Report of the Bombay Plague Committee
Disease focus: Plague
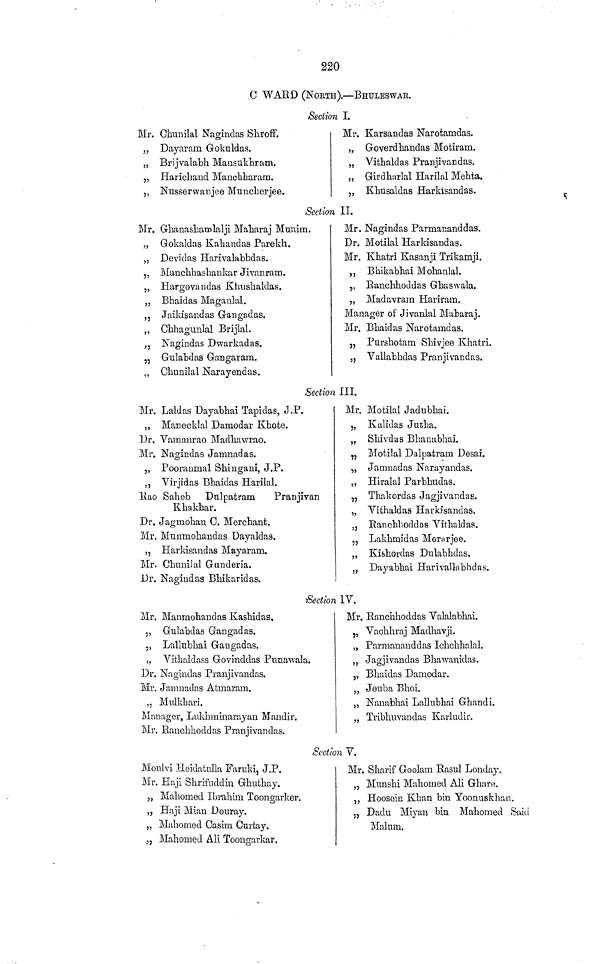
220
C WARD (NOETH). — BHULESWAR.
Section I.
Mr. Chnnilal Nagindas Shroff.
„ Dayaram Gokuldas.
„ Brijvalabh Mansnkhram.
„ Haricliaud Manchharam.
„ Nusserwanjee Muncherjee.
Mr. Karsandas Narotamdas.
„ Goverdhandas Motiram.
„ Vithaldas Pranjivaudas.
„ Girdharlal Harilal Mehta.
„ Khusaldas Harkisandas.
Section IT.
Mr. Ghanashainlalji Maharaj Munira.
„ Gokaldas Kahandas Parekh.
„ Devidas Harivalabhdas.
„ Manchhashankar Jivanram.
„ Hargovandas Khushaldas.
,, Bhaidas Magaulal.
,, Jaikisandas Gangadas.
„ Chhagunlal Brijlal.
,, Nagindas Dwarkadas.
„ Gulabdas Gangaram.
„ Cliunilal Narayendas.
Mr. Nagindas Parmananddas.
Dr. Motilal Harkisandas.
Mr. Khatri Kasanji Trikamji.
,, Bhikabhai Mohanlal.
,, Ranchhoddas Ghaswala.
„ Madavram Hariram.
Manager of Jivanlal Maharaj.
Mr. Bhaidas Narotamdas.
„ Purshotam Shivjee Khatri.
„ Vallabhdas Pranjivandas.
Section III.
Mr. Laldas Dayabhai Tapidas, J.P.
,, Manecklal Damodar Khote.
Dr, Vamaurao Madhawrao.
Mr. Nagindas Jamnadas.
)5
Pooranmal Shingani, J.P.
,, Virjidas Bhaidas Harilal.
Rao Saheb Dulpatram
Pranjivan
Khakhar.
Dr. Jagmohan C. Merchant.
Mr. Munmohandas Dayaldas.
,, Harkisandas Mayaram.
Mr. ChimiJal Gunderia.
Dr. Nagindas Bhikaridas.
Mr. Motilal Jadubhai.
„ Kalidas Jutha.
„ Shivdas Bhanabhai.
„ Motilal Dalpatram Desai.
„ Jamnadas Narayandas.
„ Hiralal Parbhudas.
„ Thakordas Jagjivar.das.
„ Yithaldas Harkisandas.
, 3 Ranchhoddas Vithaldas.
J5
Lakhmidas Morarjee.
,, Kishordas Dulabhdas.
„ Dayabhai Harivallabhdas.
•Section IV.
Mr. Manraohandas Kashidas.
5 , Gulabdas Gangadas.
„ Lallnbhai Gangadas.
„ Vithaldass Govinddas Punawala.
Dr. Nagiudas Pranjivandas.
Mr. Jamnadas Atinaram.
,, Mnlkhari.
Manager, Lukhminarayan Mandir.
Mr. Ranchhoddas Pranjivandas.
Mr. Ranchhoddas Valalabhai.
: , Vachhraj Madhavji.
„ Parmananddas IchchhalaL
„ Jagjivandas Bhawanidas.
,, Bhaidas Damodar.
„ Jeuba Bhoi.
„ Nanabhai Lallubhai Ghandi.
„ Tribhnvandas Karludir,
Section V.
Monlvi Heidatnlla Farnki, J.P.
Mr. Haji Shrifnddiu Ghuthay.
5, Mahomed Ibrahim Toongarker.
,, Haji Mian Douray.
„ Mahomed Casim Curtay.
„ Mahomed Ali Toongarkar.
Mr. Sharif Goolam Rasul Londay.
„ Mnnshi Mahomed Ali Ghare.
,, Hoosoin Khan bin Yoonnskhan.
„ Dadu Miyan bin Mahomed Siiici
Malum.